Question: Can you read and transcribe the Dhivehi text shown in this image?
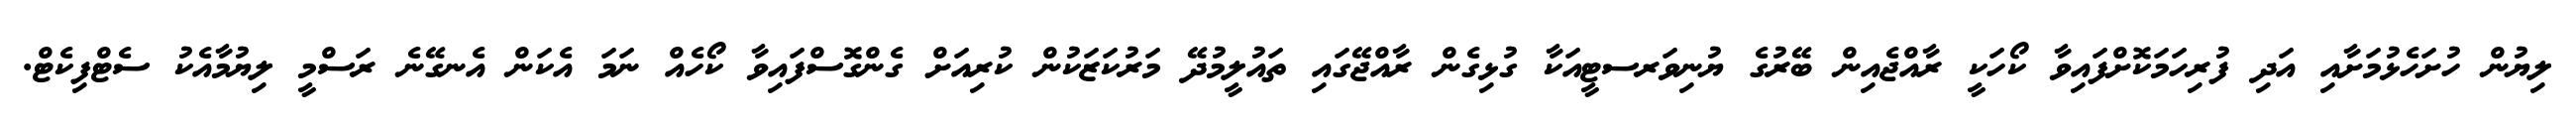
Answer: ލިޔުން ހުށަހެޅުމަށާއި އަދި ފުރިހަމަކޮށްފައިވާ ކޯހަކީ ރާއްޖެއިން ބޭރުގެ ޔުނިވަރސޓީއަކާ ގުޅިގެން ރާއްޖޭގައި ތައުލީމުދޭ މަރުކަޒަކުން ކުރިއަށް ގެންގޮސްފައިވާ ކޯހެއް ނަމަ އެކަން އެނގޭނެ ރަސްމީ ލިޔުމާއެކު ސެޓްފިކެޓް.